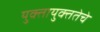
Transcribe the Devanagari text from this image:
युक्तायुक्ततेचे